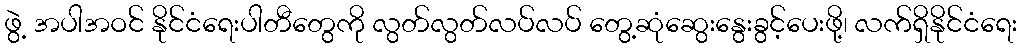
ဖွဲ့ အပါအဝင် နိုင်ငံရေးပါတီတွေကို လွတ်လွတ်လပ်လပ် တွေ့ဆုံဆွေးနွေးခွင့်ပေးဖို့၊ လက်ရှိနိုင်ငံရေး